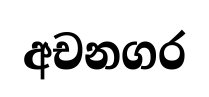
අචනගර